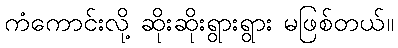
ကံကောင်းလို့ ဆိုးဆိုးရွားရွား မဖြစ်တယ်။